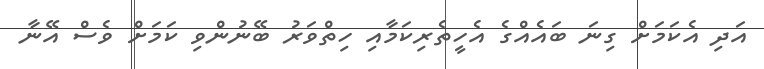
އަދި އެކަމަށް ގިނަ ބައެއްގެ އެހީތެރިކަމާއި ހިތްވަރު ބޭނުންވި ކަމަށް ވެސް އޭނާ